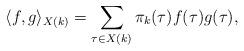
LaTeX: \begin{align*}\langle f,g \rangle_{X(k)} = \sum\limits_{\tau \in X(k)} \pi_k(\tau)f(\tau)g(\tau),\end{align*}